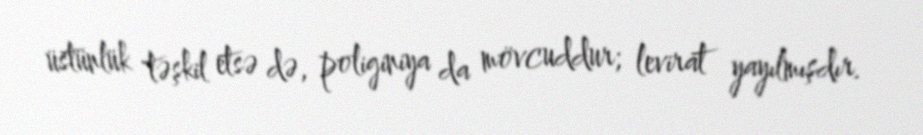
üstünlük təşkil etsə də, poliginiya da mövcuddur; levirat yayılmışdır.